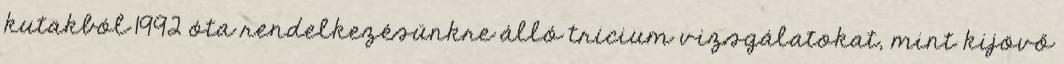
kutakból 1992 óta rendelkezésünkre álló trícium vizsgálatokat, mint kijövő